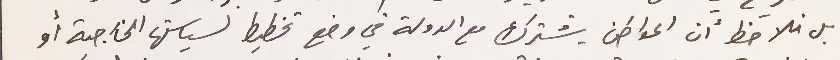
بل نلاحظ ان المواطن يشترك مع الدولة في وضع تخطيط لسياستها الخارجية أو